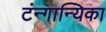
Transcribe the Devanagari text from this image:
टंन्गान्यिका